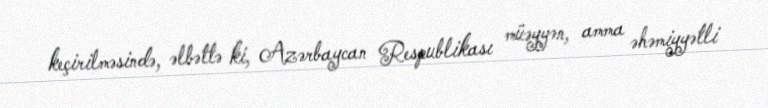
keçirilməsində, əlbəttə ki, Azərbaycan Respublikası müəyyən, amma əhəmiyyətli